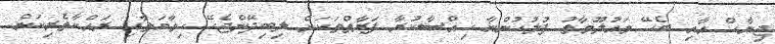
ޖިނާހް އާއި ބެހޭ މައުލޫމާތު ފުލުހުންނާ ހިއްސާކުރާ ފަރާތްތަކަށް ލިބިދޭންޖެހޭ ހިމާޔަތާއި ރައްކާތެރިކަން